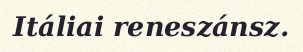
Itáliai reneszánsz.